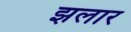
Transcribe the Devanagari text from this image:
झलार